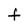
Character: F